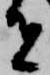
者